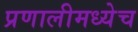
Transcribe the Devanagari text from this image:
प्रणालीमध्येच